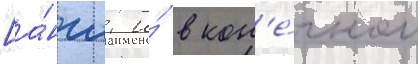
[а́нгл. и́ в кон'е́чном